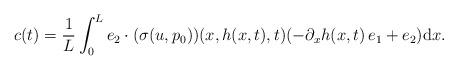
LaTeX: \begin{align*}c(t)=\frac{1}{L}\int_0^L e_2\cdot (\sigma(u, p_0))(x, h(x,t), t) (-\partial_x h(x, t) \, e_1 + e_2){\rm d}x. \end{align*}